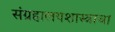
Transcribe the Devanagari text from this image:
संग्रहालयशास्त्राचा